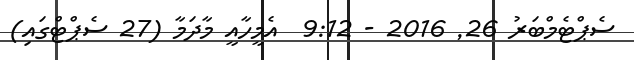
ސެޕްޓެމްބަރު 26